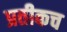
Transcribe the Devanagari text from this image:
प्रतीकच